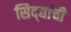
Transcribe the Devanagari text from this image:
सिद्द्यांची